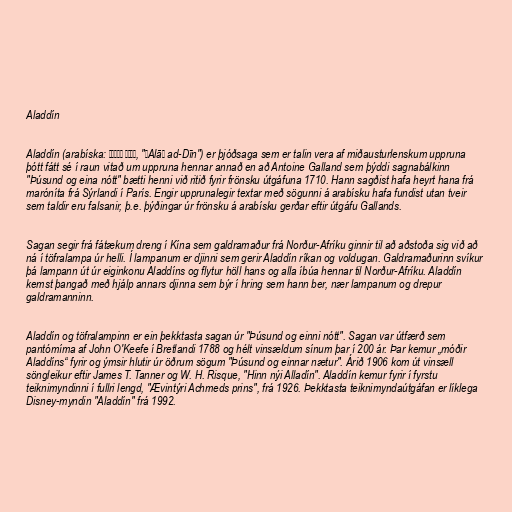
Aladdín

Aladdín (arabíska: علاء الدين‎‎, "ʻAlāʼ ad-Dīn") er þjóðsaga sem er talin vera af miðausturlenskum uppruna
þótt fátt sé í raun vitað um uppruna hennar annað en að Antoine Galland sem þýddi sagnabálkinn
"Þúsund og eina nótt" bætti henni við ritið fyrir frönsku útgáfuna 1710. Hann sagðist hafa heyrt hana frá
maróníta frá Sýrlandi í París. Engir upprunalegir textar með sögunni á arabísku hafa fundist utan tveir
sem taldir eru falsanir, þ.e. þýðingar úr frönsku á arabísku gerðar eftir útgáfu Gallands.

Sagan segir frá fátækum dreng í Kína sem galdramaður frá Norður-Afríku ginnir til að aðstoða sig við að
ná í töfralampa úr helli. Í lampanum er djinni sem gerir Aladdín ríkan og voldugan. Galdramaðurinn svíkur
þá lampann út úr eiginkonu Aladdíns og flytur höll hans og alla íbúa hennar til Norður-Afríku. Aladdín
kemst þangað með hjálp annars djinna sem býr í hring sem hann ber, nær lampanum og drepur
galdramanninn.

Aladdín og töfralampinn er ein þekktasta sagan úr "Þúsund og einni nótt". Sagan var útfærð sem
pantómíma af John O'Keefe í Bretlandi 1788 og hélt vinsældum sínum þar í 200 ár. Þar kemur „móðir
Aladdíns“ fyrir og ýmsir hlutir úr öðrum sögum "Þúsund og einnar nætur". Árið 1906 kom út vinsæll
söngleikur eftir James T. Tanner og W. H. Risque, "Hinn nýi Alladín". Aladdín kemur fyrir í fyrstu
teiknimyndinni í fullri lengd, "Ævintýri Achmeds prins", frá 1926. Þekktasta teiknimyndaútgáfan er líklega
Disney-myndin "Aladdín" frá 1992.